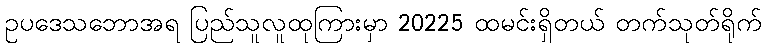
ဥပဒေသဘောအရ ပြည်သူလူထုကြားမှာ 20225 ထမင်းရှိတယ် တက်သုတ်ရိုက်